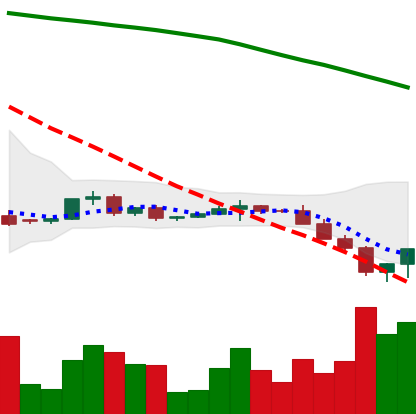
Ticker: XRP-USD
Chart end date: 2022-06-15
Forward return: -5.923%
Label: down_5_7